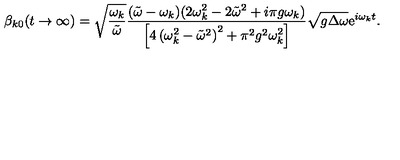
\beta _ { k 0 } ( t \to \infty ) = \sqrt { \frac { \omega _ { k } } { \tilde { \omega } } } \frac { ( \tilde { \omega } - \omega _ { k } ) ( 2 \omega _ { k } ^ { 2 } - 2 \tilde { \omega } ^ { 2 } + i \pi g \omega _ { k } ) } { \left[ 4 \left( \omega _ { k } ^ { 2 } - \tilde { \omega } ^ { 2 } \right) ^ { 2 } + \pi ^ { 2 } g ^ { 2 } \omega _ { k } ^ { 2 } \right] } \sqrt { g \Delta \omega } \mathrm { e } ^ { i \omega _ { k } t } .